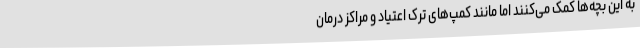
به این بچه‌ها کمک می‌کنند اما مانند کمپ‌های ترک اعتیاد و مراکز درمان